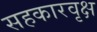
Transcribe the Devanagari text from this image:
सहकारवृक्ष